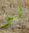
لو